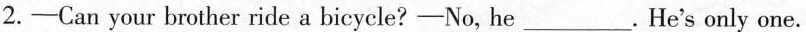
2.-Can your brother ride a bicycle?-No, he ___. He's only one.